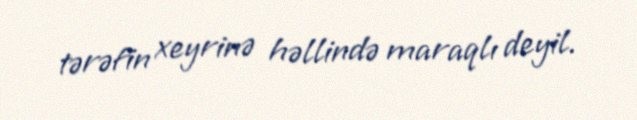
tərəfin xeyrinə həllində maraqlı deyil.